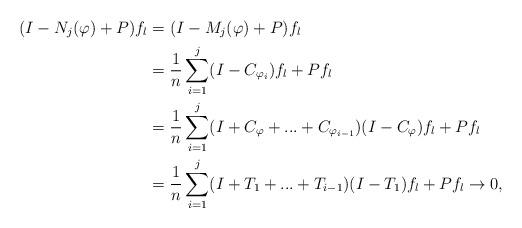
LaTeX: \begin{align*}(I-N_j(\varphi)+P) f_l&= (I-M_j(\varphi)+P) f_l\\&= \dfrac{1}{n} \sum_{i=1}^j (I-C_{\varphi_i})f_l+Pf_l\\&= \dfrac{1}{n} \sum_{i=1}^j (I+C_\varphi+...+C_{\varphi_{i-1}})(I-C_{\varphi})f_l+Pf_l\\&= \dfrac{1}{n} \sum_{i=1}^j (I+T_1+...+T_{i-1})(I-T_1)f_l+Pf_l\rightarrow 0,\\\end{align*}